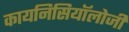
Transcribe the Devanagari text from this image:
कायनिसियॉलोजी